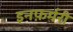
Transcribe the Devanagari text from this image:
इनफ़र्मरी